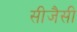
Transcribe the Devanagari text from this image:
सीजैसी